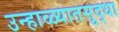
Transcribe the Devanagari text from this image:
उन्हाळ्यातसुद्धा